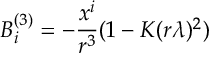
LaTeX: B _ { i } ^ { ( 3 ) } = - { \frac { x ^ { i } } { r ^ { 3 } } } ( 1 - K ( r \lambda ) ^ { 2 } )